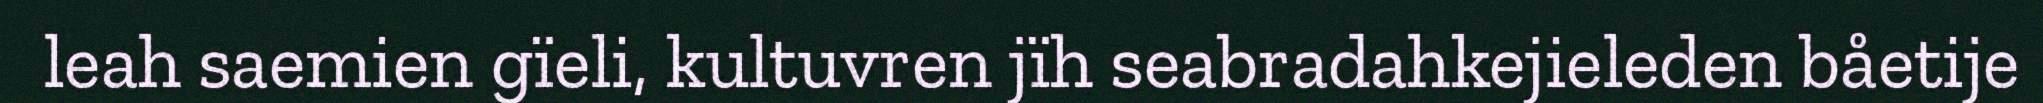
leah saemien gïeli, kultuvren jïh seabradahkejieleden båetije